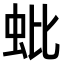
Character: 蚍